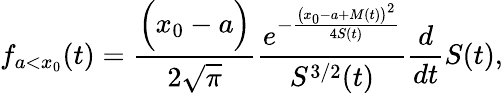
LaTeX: f_{a<x_{0}}(t)=\frac{\Big(x_{0}-a\Big)}{2\sqrt{\pi}}\frac{e^{-\frac{\big(x_{0}-a+M(t)\big)^{2}}{4S(t)}}}{S^{3/2}(t)}\frac{d}{dt}S(t),